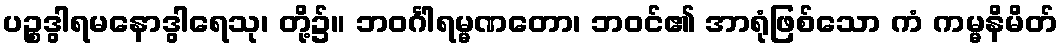
ပဉ္စဒွါရမနောဒွါရေသု၊ တို့၌။ ဘဝင်္ဂါရမ္မဏတော၊ ဘဝင်၏ အာရုံဖြစ်သော ကံ ကမ္မနိမိတ်